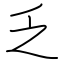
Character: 乏